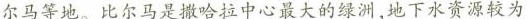
尔马等地。比尔马是撒哈拉中心最大的绿洲，地下水资源较为